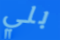
بلي